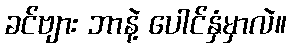
ခင်ဗျား ဘာနဲ့ ပေါင်နှံမှာလဲ။